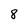
Character: 8